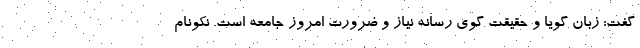
گفت: زبان گویا و حقیقت گوی رسانه نیاز و ضرورت امروز جامعه است. نکونام